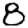
Digit: 8